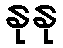
နုနု